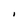
Character: I